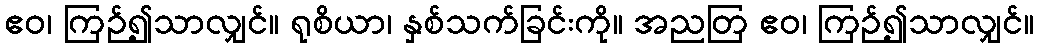
ဧဝ၊ ကြဉ်၍သာလျှင်။ ရုစိယာ၊ နှစ်သက်ခြင်းကို။ အညတြ ဧဝ၊ ကြဉ်၍သာလျှင်။